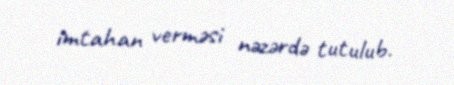
imtahan verməsi nəzərdə tutulub.